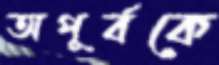
অপূর্বকে